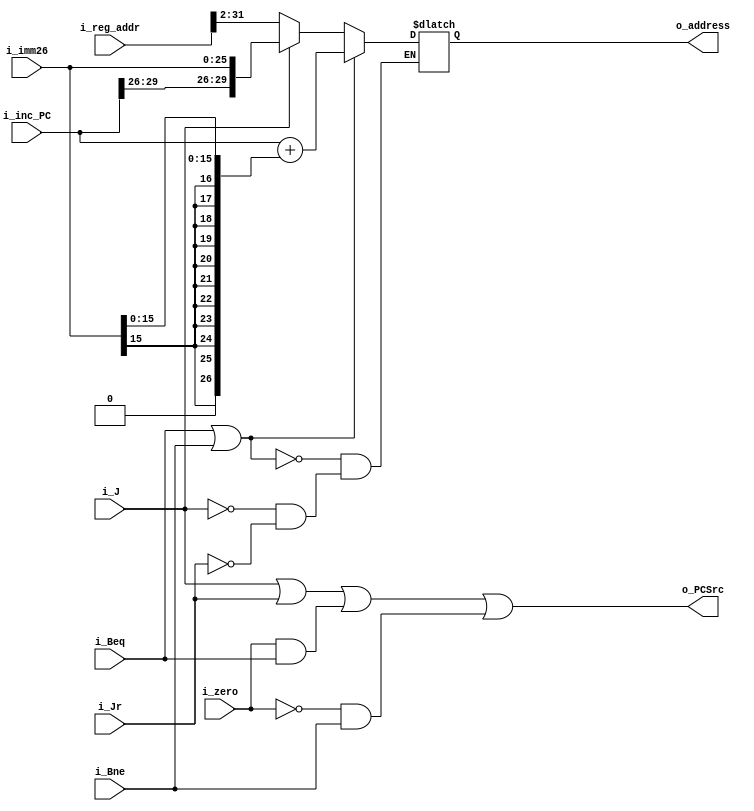
module Next_PC (i_inc_PC, i_imm26, i_reg_addr, i_J, i_Jr, i_Beq, i_Bne, o_PCSrc, o_address, i_zero);

  input signed [29:0]       i_inc_PC;
  input signed [25:0]       i_imm26;
  input [31:0]              i_reg_addr;
  input                     i_J, i_Jr, i_Beq, i_Bne, i_zero;

  output                    o_PCSrc;
  output reg [29:0]         o_address;

  wire signed [29:0]        sign_ext;
  wire [29:0]               addr1, addr2;
  wire                      B;

  assign sign_ext = {{10{i_imm26[15]}},i_imm26[15:0]};
  assign addr1 = i_inc_PC + sign_ext;
  assign addr2 = {i_inc_PC[29:26],i_imm26};
  assign B = i_Beq | i_Bne;
  assign o_PCSrc = i_J | i_Jr | (i_zero&i_Beq) | (~i_zero&i_Bne);

  always @*
  begin
    case(1'b1)
      B: o_address = addr1;
      i_J: o_address = addr2;
      i_Jr: o_address = i_reg_addr[31:2];
    endcase
  end

endmodule